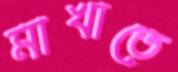
মাখাতে